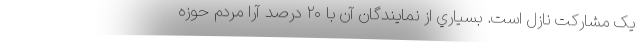
یک مشارکت نازل است. بسياري از نمايندگان آن با ۲۰ درصد آرا مردم حوزه